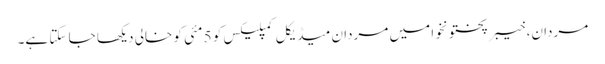
مردان، خیبرپختونخوا میں مردان میڈیکل کمپلیکس کو 5 مئی کو خالی دیکھا جا سکتا ہے۔